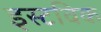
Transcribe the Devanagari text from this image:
इस्टविक